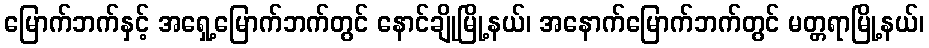
မြောက်ဘက်နှင့် အရှေ့မြောက်ဘက်တွင် နောင်ချိုမြို့နယ်၊ အနောက်မြောက်ဘက်တွင် မတ္တရာမြို့နယ်၊